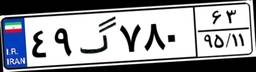
۴۹گ۷۸۰۶۳